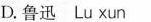
D.鲁迅Lu xun